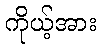
ကိုယ့်အား